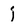
Character: j